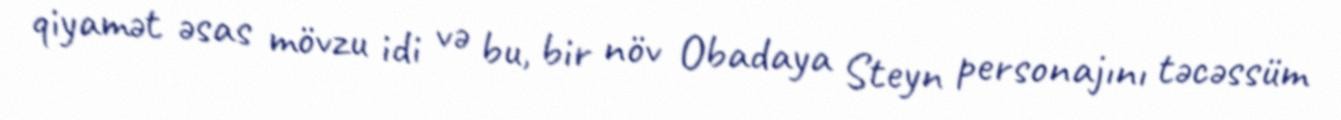
qiyamət əsas mövzu idi və bu, bir növ Obadaya Steyn personajını təcəssüm